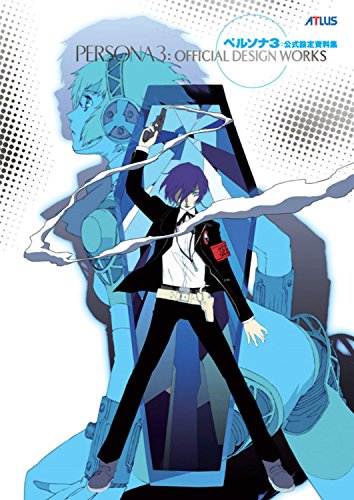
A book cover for Persona 3: Official Design Works; Arts & Photography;